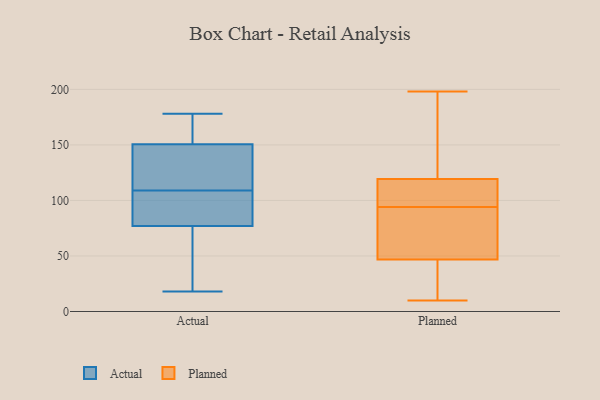
{"axis": {"x": "Population (Million)", "y": "Value"}, "legend": ["Actual", "Planned"], "data": [{"x": "", "y": 108, "type": "Actual"}, {"x": "", "y": 124, "type": "Actual"}, {"x": "", "y": 58, "type": "Actual"}, {"x": "", "y": 110, "type": "Actual"}, {"x": "", "y": 104, "type": "Actual"}, {"x": "", "y": 161, "type": "Actual"}, {"x": "", "y": 34, "type": "Actual"}, {"x": "", "y": 178, "type": "Actual"}, {"x": "", "y": 150, "type": "Actual"}, {"x": "", "y": 151, "type": "Actual"}, {"x": "", "y": 96, "type": "Actual"}, {"x": "", "y": 18, "type": "Actual"}, {"x": "", "y": 94, "type": "Planned"}, {"x": "", "y": 61, "type": "Planned"}, {"x": "", "y": 105, "type": "Planned"}, {"x": "", "y": 125, "type": "Planned"}, {"x": "", "y": 42, "type": "Planned"}, {"x": "", "y": 80, "type": "Planned"}, {"x": "", "y": 198, "type": "Planned"}, {"x": "", "y": 20, "type": "Planned"}, {"x": "", "y": 120, "type": "Planned"}, {"x": "", "y": 29, "type": "Planned"}, {"x": "", "y": 153, "type": "Planned"}, {"x": "", "y": 97, "type": "Planned"}, {"x": "", "y": 65, "type": "Planned"}, {"x": "", "y": 10, "type": "Planned"}, {"x": "", "y": 31, "type": "Planned"}, {"x": "", "y": 139, "type": "Planned"}, {"x": "", "y": 70, "type": "Planned"}, {"x": "", "y": 117, "type": "Planned"}, {"x": "", "y": 115, "type": "Planned"}]}